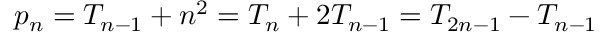
p _ { n } = T _ { n - 1 } + n ^ { 2 } = T _ { n } + 2 T _ { n - 1 } = T _ { 2 n - 1 } - T _ { n - 1 }